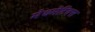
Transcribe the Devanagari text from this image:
मेथमेटिक्स